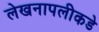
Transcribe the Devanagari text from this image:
लेखनापलीकडे